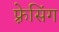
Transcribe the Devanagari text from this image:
फ़्रेसिंग